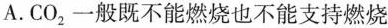
A.CO_{2}一般既不能燃烧也不能支持燃烧